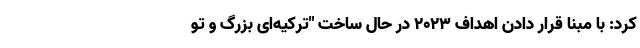
کرد: با مبنا قرار دادن اهداف ۲۰۲۳ در حال ساخت "ترکیه‌ای بزرگ و تو